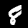
Digit: 8